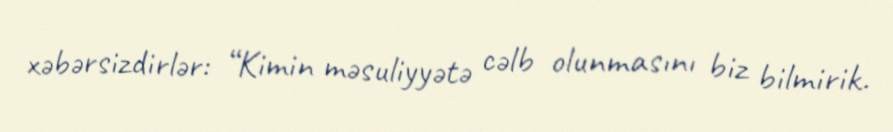
xəbərsizdirlər: “Kimin məsuliyyətə cəlb olunmasını biz bilmirik.